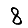
Digit: 8